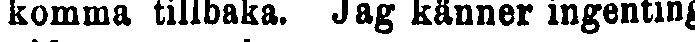
komma tillbaka. Jag känner ingenting